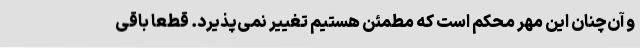
و آن‌چنان این مهر محکم است که مطمئن هستیم تغییر نمی‌پذیرد.‌ قطعا باقی